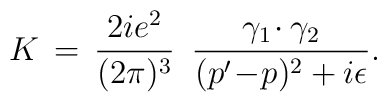
K\,=\,{2ie^2\over(2\pi)^3}\,\,\,{\gamma_1\!\cdot\gamma_2\over(p'\!-\!p)^2+i\epsilon}.